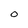
Character: 0